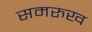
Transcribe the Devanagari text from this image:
समरुख